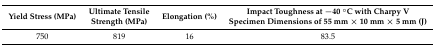
<table><thead><tr><td><b>Yield Stress (MPa)</b></td><td><b>Ultimate Tensile Strength (MPa)</b></td><td><b>Elongation (%)</b></td><td><b>Impact Toughness at −40 °C with Charpy V Specimen Dimensions of 55 mm × 10 mm × 5 mm (J)</b></td></tr></thead><tbody><tr><td>750</td><td>819</td><td>16</td><td>83.5</td></tr></tbody></table>